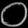
Digit: ၀